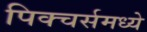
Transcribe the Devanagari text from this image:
पिक्‍चर्समध्ये